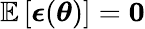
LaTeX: \mathbb{E}\left[\boldsymbol{\epsilon}(\boldsymbol{\theta})\right]=\boldsymbol{0}